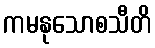
ကမနုသောစသီတိ